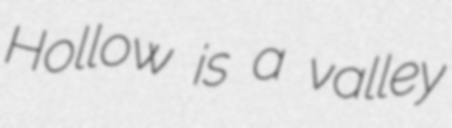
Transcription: Hollow is a valley